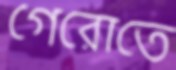
গেরোতে